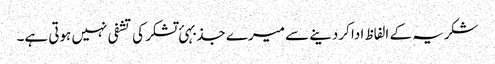
شکریہ کے الفاظ ادا کردینے سے میرے جذبہئ تشکر کی تشفی نہیں ہوتی ہے۔